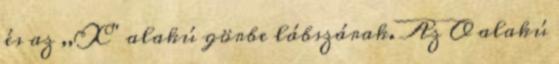
és az ,,X" alakú görbe lábszárak. Az O alakú